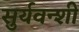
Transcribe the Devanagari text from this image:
सुर्यवन्शी